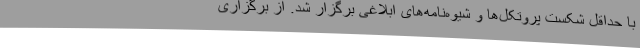
با حداقل شکست پروتکل‌ها و شیوه‌نامه‌های ابلاغی برگزار شد. از برگزاری